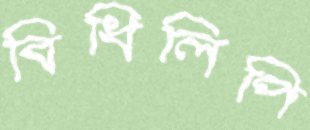
বিধিলিপি